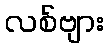
လစ်ဗျား